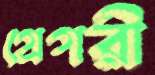
গ্রেগরী